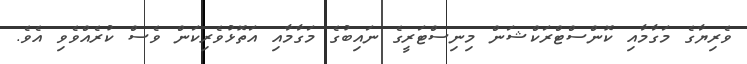
ވެރިޔާގެ މަގާމާއި ކޮންސްޓްރަކްޝަން މިނިސްޓަރީގެ ނައިބުގެ މަގާމާއި އަތޮޅުވެރިކަން ވެސް ކުރެއްވެވި އެވެ.